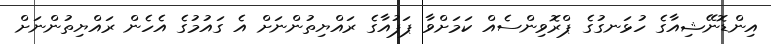
އިންޑޮނޭޝިއާގެ ހުޅަނގުގެ ޕްރޮވިންސެއް ކަމަށްވާ ޕަޕުއާގެ ރައްޔިތުންނަށް އެ ގައުމުގެ އެހެން ރައްޔިތުންނަށް